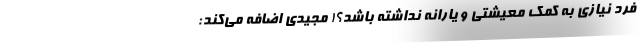
فرد نیازی به کمک معیشتی و یارانه نداشته باشد؟! مجیدی اضافه می‌کند: